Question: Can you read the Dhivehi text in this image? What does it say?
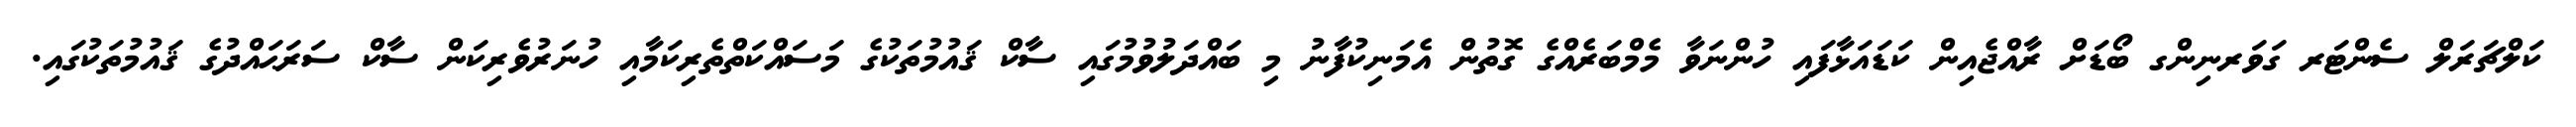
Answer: ކަލްޗަރަލް ސެންޓަރ ގަވަރނިންގ ބޯޑަށް ރާއްޖެއިން ކަޑައަޅާފައި ހުންނަވާ މެމްބަރެއްގެ ގޮތުން އެމަނިކުފާނު މި ބައްދަލުވުމުގައި ސާކް ޤައުމުތަކުގެ މަސައްކަތްތެރިކަމާއި ހުނަރުވެރިކަން ސާކް ސަރަޙައްދުގެ ޤައުމުތަކުގައި.